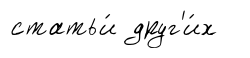
статьи́ друг'и́х